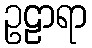
ဥဠာရာ